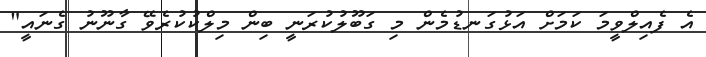
އެ ފެއިލްވީމަ ކަމަށް އަޅުގަނޑުމެން މި ގަބޫލުކުރަނީ ބިން މިލްކުކުރެވޭ ގާނޫނު ގެނައީ"